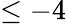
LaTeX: \leq-4